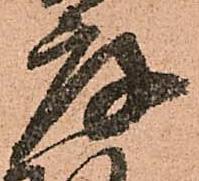
庫